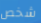
شخص